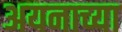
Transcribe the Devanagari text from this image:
अयनाच्या